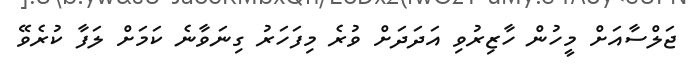
ޖަލްސާއަށް މީހުން ހާޒިރުވި އަދަދަށް ވުރެ މިފަހަރު ގިނަވާނެ ކަމަށް ލަފާ ކުރެވޭ